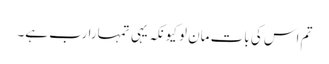
تم اس کی بات مان لو کیونکہ یہی تمہارا رب ہے۔